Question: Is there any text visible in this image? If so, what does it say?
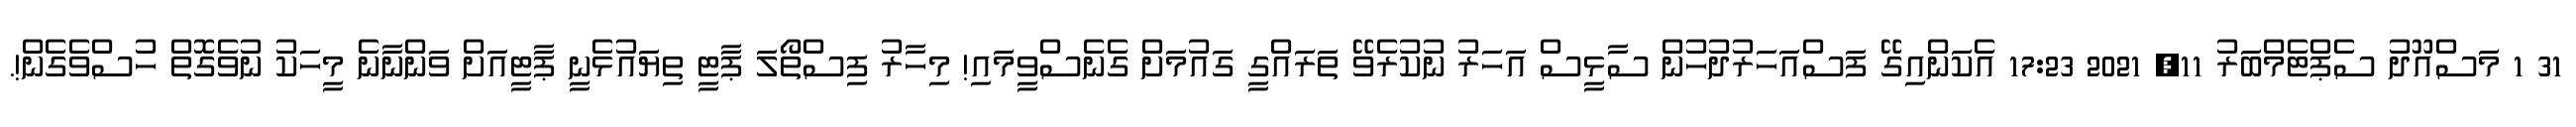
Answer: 31 1 މަސްއޫދު ސެޕްޓެމްބަރު 11, 2021 17:23 އެކަންއިގޭ ފަސްއަހަރުދުހުން ސާޅީސް އަހަރު ނުކުރެވޭ ތަރައްގީ ގައުމަށް ގެނެސްވީމައި! މިހާރު ފިސްތޯލަ ޕާޓީ ތިޔައުޅެނީ ޕާޓީއަށް ވަންނާނެ މީހަކު ނުވެގޮތް ހުސްވެގެން!.